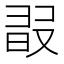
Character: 𣆸